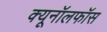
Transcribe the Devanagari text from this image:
क्यूनॉलफॉस